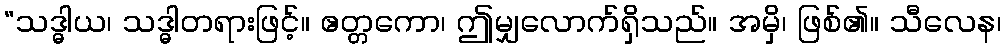
“သဒ္ဓါယ၊ သဒ္ဓါတရားဖြင့်။ ဧတ္တကော၊ ဤမျှလောက်ရှိသည်။ အမှိ၊ ဖြစ်၏။ သီလေန၊